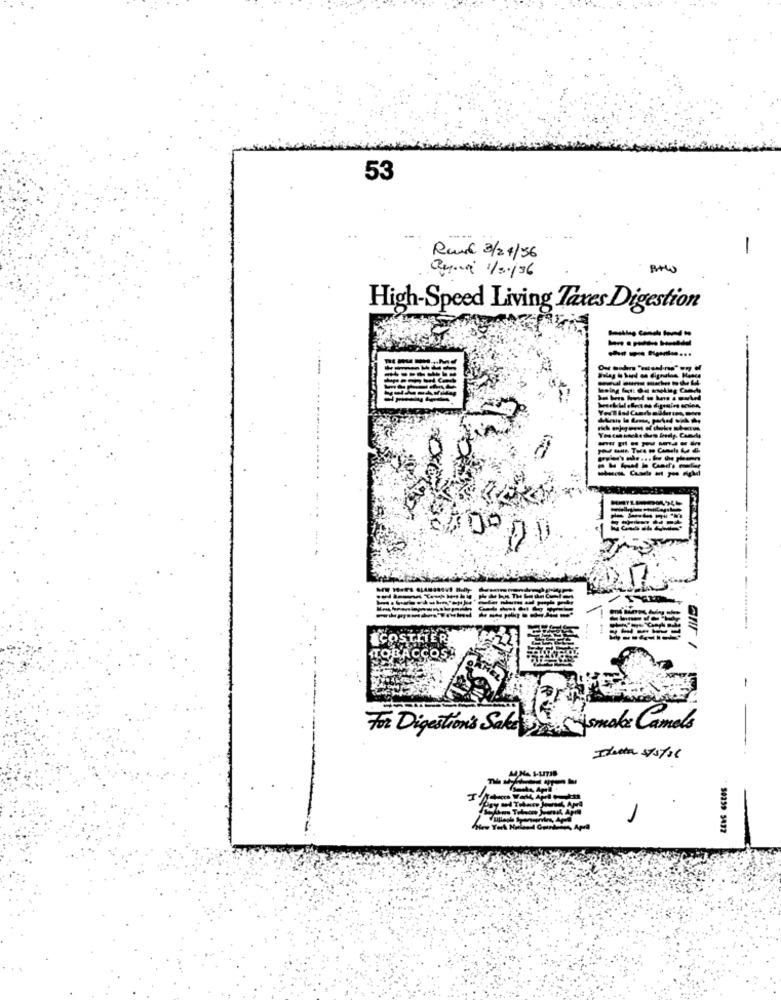
53
-
Rund 3/24/36
Quoi 1/20136
High-Speed Living Taxes Digestion
----
00
ICOSTIERI
cos'
For Digestion's Sake!
Jonok Camels
Idetta sys/36
50259 5472